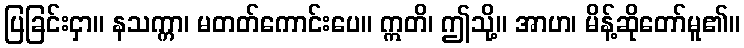
ပြခြင်းငှာ။ နသက္ကာ၊ မတတ်ကောင်းပေ။ ဣတိ၊ ဤသို့။ အာဟ၊ မိန့်ဆိုတော်မူ၏။